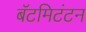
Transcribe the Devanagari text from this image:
बॅटमिटंटन